Scottish Leaving Certificate Examination, 1954
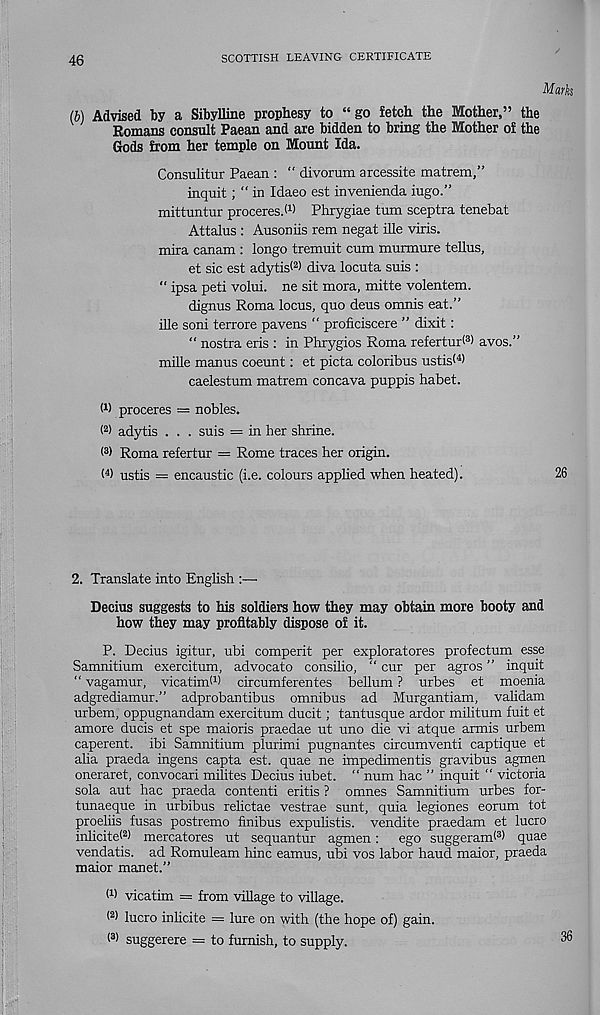
46
SCOTTISH LEAVING CERTIFICATE
Marks
lb) Advised by a Sibylline prophesy to “go fetch the Mother,” the
Romans consult Paean and are bidden to bring the Mother of the
Gods from her temple on Mount Ida.
Consulitur Paean : “ divorum arcessite matrem,”
inquit; “ in Idaeo est invenienda iugo.”
mittuntur proceresd 1 ) Phrygiae turn sceptra tenebat
Attalus : Ausoniis rem negat ille viris.
mira canam : longo tremuit cum murmure tellus,
et sic est adytis* 2 ) diva locuta suis :
“ ipsa peti volui. ne sit mora, mitte volentem.
dignus Roma locus, quo deus omnis eat.”
ille soni terrore pavens “ proficiscere ” dixit:
" nostra eris : in Phrygios Roma refertur< 8 > avos.”
mille manus coeunt: et picta coloribus ustis< 4 )
caelestum matrem concava puppis habet.
W proceres = nobles.
( 2 > adytis . . . suis = in her shrine.
( 3 > Roma refertur = Rome traces her origin.
< 4 > ustis = encaustic (i.e. colours applied when heated).
26
2. Translate into English :—
Decius suggests to his soldiers how they may obtain more booty and
how they may profitably dispose of it.
P. Decius igitur, ubi comperit per exploratores profectum esse
Samnitium exercitum, advocate consilio, “ cur per agros ” inquit
“ vagamur, vicatiml 1 ) circumferentes bellum ? urbes et moenia
adgrediamur.” adprobantibus omnibus ad Murgantiam, validam
urbem, oppugnandam exercitum ducit; tantusque ardor militum fuit et
amore ducis et spe maioris praedae ut uno die vi atque armis urbem
caperent. ibi Samnitium plurimi pugnantes circumventi captique et
alia praeda ingens capta est. quae ne impedimentis gravibus agmen
oneraret, convocari milites Decius iubet. “ num hac ” inquit “ victoria
sola aut hac praeda content! eritis ? omnes Samnitium urbes for-
tunaeque in urbibus relictae vestrae sunt, quia legiones eorum tot
proeliis fusas postremo finibus expulistis. vendite praedam et lucro
inlicitel 2 ) mercatores ut sequantur agmen: ego suggeram! 3 ) quae
vendatis. ad Romuleam hinc eamus, ubi vos labor haud maior, praeda
maior manet.”
(1) vicatim = from village to village.
l 2 > lucro inlicite = lure on with (the hope of) gain.
< 8 > suggerere = to furnish, to supply.
36